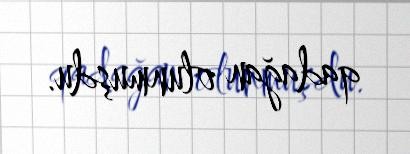
qadağan olunmuşdu.